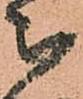
被